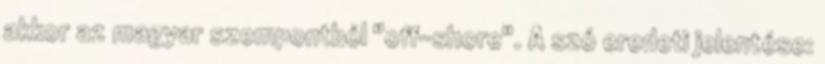
akkor az magyar szempontból "off-shore". A szó eredeti jelentése: